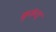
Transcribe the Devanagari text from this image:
कुरूंद